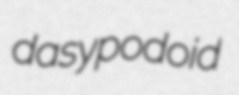
dasypodoid